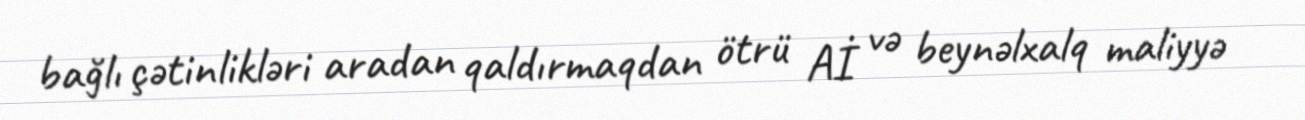
bağlı çətinlikləri aradan qaldırmaqdan ötrü Aİ və beynəlxalq maliyyə